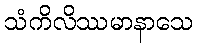
သံကိလိဿမာနာသေ